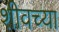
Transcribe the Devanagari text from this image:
शीवच्या